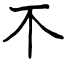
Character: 𣎴